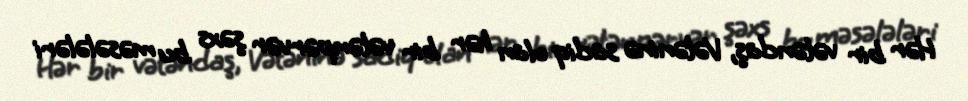
Hər bir vətəndaş, Vətəninə sadiq olan hər bir vətənpərvər şəxs bu məsələləri